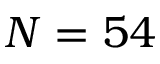
N = 5 4